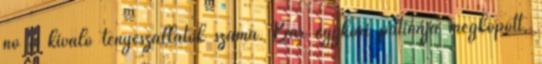
nő a kiváló tenyészállatok száma. Bár egykori patinája megkopott,